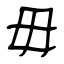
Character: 毋